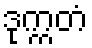
ဒုက္ကတံ